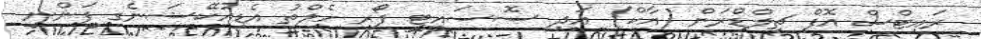
ރައިޓްސް އޮފް ޗިލްޑްރަން (އާކް) އަދި ސޮސައީޓީ ފޯރ ހެލްތު އެޑިއުކޭޝަނެގ ފަންނީ